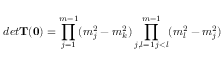
d e t \mathbf { T ( 0 ) } = \prod _ { j = 1 } ^ { m - 1 } ( m _ { j } ^ { 2 } - m _ { k } ^ { 2 } ) \prod _ { \substack { j , l = 1 \, j < l } } ^ { m - 1 } ( m _ { l } ^ { 2 } - m _ { j } ^ { 2 } )